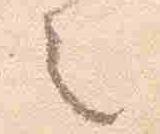
之